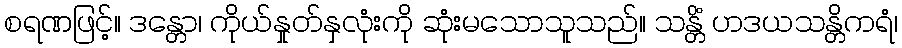
စရဏဖြင့်။ ဒန္တော၊ ကိုယ်နှုတ်နှလုံးကို ဆုံးမသောသူသည်။ သန္တိံ ဟဒယသန္တိကရံ၊